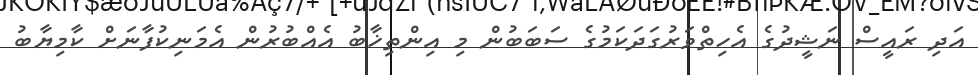
އަދި ރައީސް ނަޝީދުގެ އެހިތްވަރުގަދަކަމުގެ ސަބަބުން މި އިންތިޚާބު އެއްބުރުން އެމަނިކުފާނަށް ކާމިޔާބު